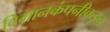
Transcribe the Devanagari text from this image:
विमानकंपनीकडून